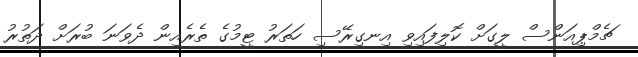
ޗެމްޕިއަންސް ލީގަށް ކޮލިފައިވި އިނގިރޭސި ހަތަރު ޓީމުގެ ތެރެއިން ދެވަނަ ބުރަށް ދަތުރު